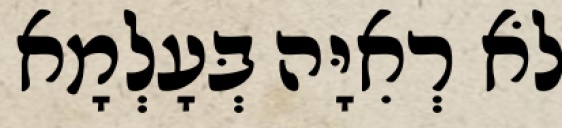
לֹא רְאִיָּה בְּעָלְמָא